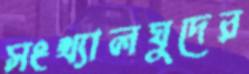
সংখ্যালঘুদের